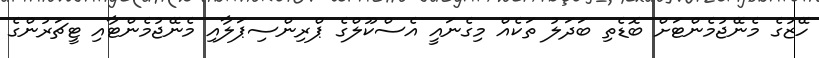
ހޭޒުގެ މެނޭޖުމެންޓަށް ބޮޑެތި ބަދަލު ތަކެއް މިގެނައީ އެސްކޫލްގެ ޕްރިންސިޕަލާއި މެނޭޖުމެންޓާއި ޓީޗަރުންގެ